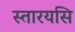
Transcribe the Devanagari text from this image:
स्तारयसि